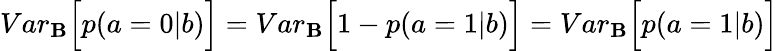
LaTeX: {Var}_{\mathbf{B}}\Big[p(a=0|b)\Big]={Var}_{\mathbf{B}}\Big[1-p(a=1|b)\Big]={Var}_{\mathbf{B}}\Big[p(a=1|b)\Big]